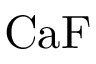
\mathrm { C a F }